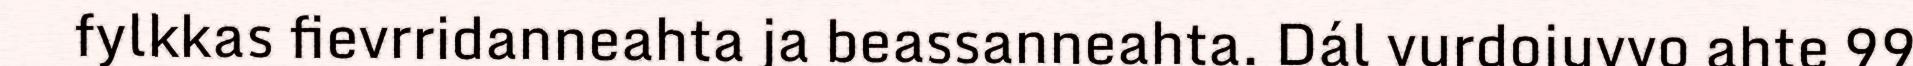
fylkkas fievrridanneahta ja beassanneahta. Dál vurdojuvvo ahte 99